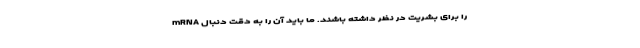
mRNA را برای بشریت در نظر داشته باشند. ما باید آن را به دقت دنبال